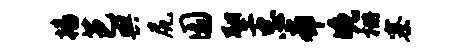
播芭舆尻圜塑忠帝晚栅寨